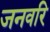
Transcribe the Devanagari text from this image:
जनवरि